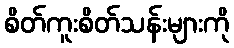
စိတ်ကူးစိတ်သန်းများကို